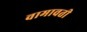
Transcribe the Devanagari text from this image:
वामावती